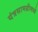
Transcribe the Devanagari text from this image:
यंत्रसामग्रीमध्ये